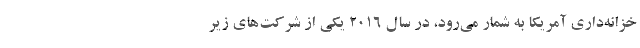
خزانه‌داری آمریکا به شمار می‌رود، در سال 2016 یکی از شرکت‌های زیر